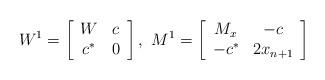
LaTeX: \begin{align*}W^1=\left[\begin{array}{cc}W&c\\c^*&0\end{array}\right],\ M^1=\left[\begin{array}{cc}M_x&-c\\-c^*&2x_{n+1}\end{array}\right]\end{align*}